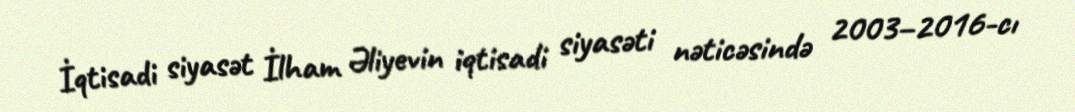
İqtisadi siyasət İlham Əliyevin iqtisadi siyasəti nəticəsində 2003–2016-cı